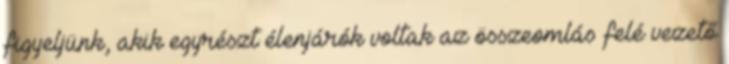
figyeljünk, akik egyrészt élenjárók voltak az összeomlás felé vezető